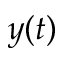
y ( t )